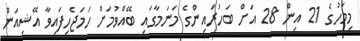
މިމަހުގެ 21 އިން 28 އަށް ބަހުރައިންގެ މަނަމާގައި ބޭއްވުމަށް ހަމަޖެހިފައިވާ އޭޝިއަން